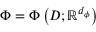
\Phi = \Phi \left( D ; \mathbb { R } ^ { d _ { \phi } } \right)